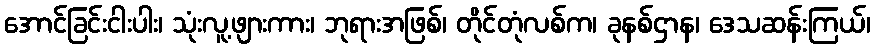
အောင်ခြင်းငါးပါး၊ သုံးလူ့ဖျားကား၊ ဘုရားအဖြစ်၊ တိုင်တုံလစ်က၊ ခုနစ်ဌာန၊ ဒေသဆန်းကြယ်၊